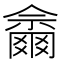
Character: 𱭋